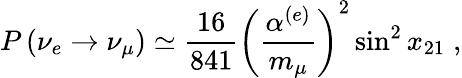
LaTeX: P\left(\nu_{e}\rightarrow\nu_{\mu}\right)\simeq\frac{16}{841}\left(\frac{\alpha^{(e)}}{m_{\mu}}\right)^{2}\sin^{2}x_{21}\; ,